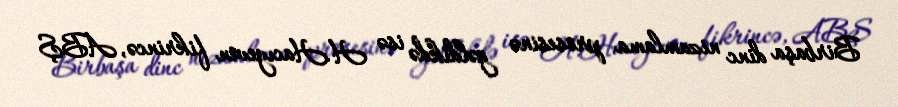
Birbaşa dinc nizamlama prosesinə gəldikdə isə H.Hacıyevin fikrincə, ABŞ